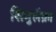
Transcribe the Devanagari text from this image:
सिमुलैक्रा